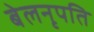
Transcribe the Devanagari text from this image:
बेलनृपति